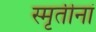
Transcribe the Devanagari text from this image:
स्मृतीनां